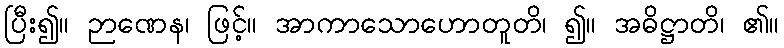
ပြီး၍။ ဉာဏေန၊ ဖြင့်။ အာကာသောဟောတူတိ၊ ၍။ အဓိဋ္ဌာတိ၊ ၏။